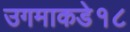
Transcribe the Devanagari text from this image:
उगमाकडे१८